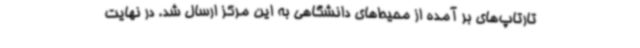
تارتاپ‌های بر آمده از محیط‌های دانشگاهی به این مرکز ارسال شد. در نهایت